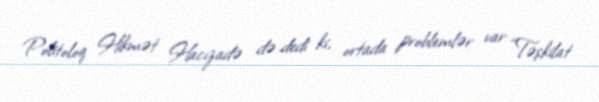
Politoloq Hikmət Hacızadə də dedi ki, ortada problemlər var: “Təşkilat